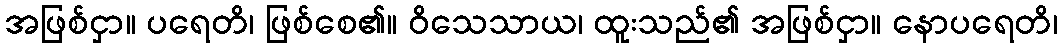
အဖြစ်ငှာ။ ပရေတိ၊ ဖြစ်စေ၏။ ဝိသေသာယ၊ ထူးသည်၏ အဖြစ်ငှာ။ နောပရေတိ၊